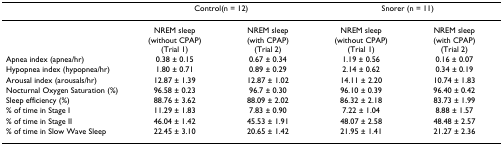
<table><thead><tr><td></td><td colspan="2"><b>Control(n = 12)</b></td><td colspan="2"><b>Snorer (n = 11)</b></td></tr></thead><tbody><tr><td></td><td>NREM sleep (without CPAP) (Trial 1)</td><td>NREM sleep (with CPAP) (Trial 2)</td><td>NREM sleep (without CPAP) (Trial 1)</td><td>NREM sleep (with CPAP) (Trial 2)</td></tr><tr><td>Apnea index (apnea/hr)</td><td>0.38 ± 0.15</td><td>0.67 ± 0.34</td><td>1.19 ± 0.56</td><td>0.16 ± 0.07</td></tr><tr><td>Hypopnea index (hypopnea/hr)</td><td>1.80 ± 0.71</td><td>0.89 ± 0.29</td><td>2.14 ± 0.62</td><td>0.34 ± 0.19</td></tr><tr><td>Arousal index (arousals/hr)</td><td>12.87 ± 1.39</td><td>12.87 ± 1.02</td><td>14.11 ± 2.20</td><td>10.74 ± 1.83</td></tr><tr><td>Nocturnal Oxygen Saturation (%)</td><td>96.58 ± 0.23</td><td>96.7 ± 0.30</td><td>96.10 ± 0.39</td><td>96.40 ± 0.42</td></tr><tr><td>Sleep efficiency (%)</td><td>88.76 ± 3.62</td><td>88.09 ± 2.02</td><td>86.32 ± 2.18</td><td>83.73 ± 1.99</td></tr><tr><td>% of time in Stage I</td><td>11.29 ± 1.83</td><td>7.83 ± 0.90</td><td>7.22 ± 1.04</td><td>8.88 ± 1.57</td></tr><tr><td>% of time in Stage II</td><td>46.04 ± 1.42</td><td>45.53 ± 1.91</td><td>48.07 ± 2.58</td><td>48.48 ± 2.57</td></tr><tr><td>% of time in Slow Wave Sleep</td><td>22.45 ± 3.10</td><td>20.65 ± 1.42</td><td>21.95 ± 1.41</td><td>21.27 ± 2.36</td></tr></tbody></table>